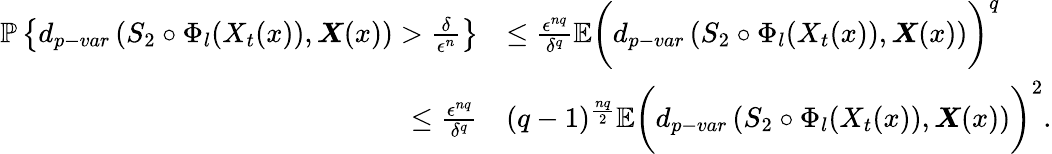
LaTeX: \begin{array}{rl}{\mathbb{P}\left\{ d_{p-var}\left(S_{2}\circ\Phi_{l}(X_{t}(x)),\boldsymbol{X}(x)\right)>\frac{\delta}{\epsilon^{n}}\right\} }&{\leq\frac{\epsilon^{nq}}{\delta^{q}}\mathbb{E}\bigg(d_{p-var}\left(S_{2}\circ\Phi_{l}(X_{t}(x)),\boldsymbol{X}(x)\right)\bigg)^{q}}\\ {\leq\frac{\epsilon^{nq}}{\delta^{q}}}&{(q-1)^{\frac{nq}{2}}\mathbb{E}\bigg(d_{p-var}\left(S_{2}\circ\Phi_{l}(X_{t}(x)),\boldsymbol{X}(x)\right)\bigg)^{2}.}\end{array}